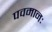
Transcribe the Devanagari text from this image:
पवमानः